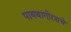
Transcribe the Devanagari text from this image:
पायथागोरसचे